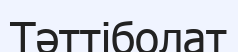
Тәттіболат